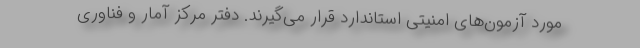
مورد آزمون‌های امنیتی استاندارد قرار می‌گیرند. دفتر مرکز آمار و فناوری